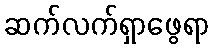
ဆက်လက်ရှာဖွေရာ